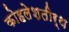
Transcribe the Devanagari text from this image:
कोहलेशतीर्थ